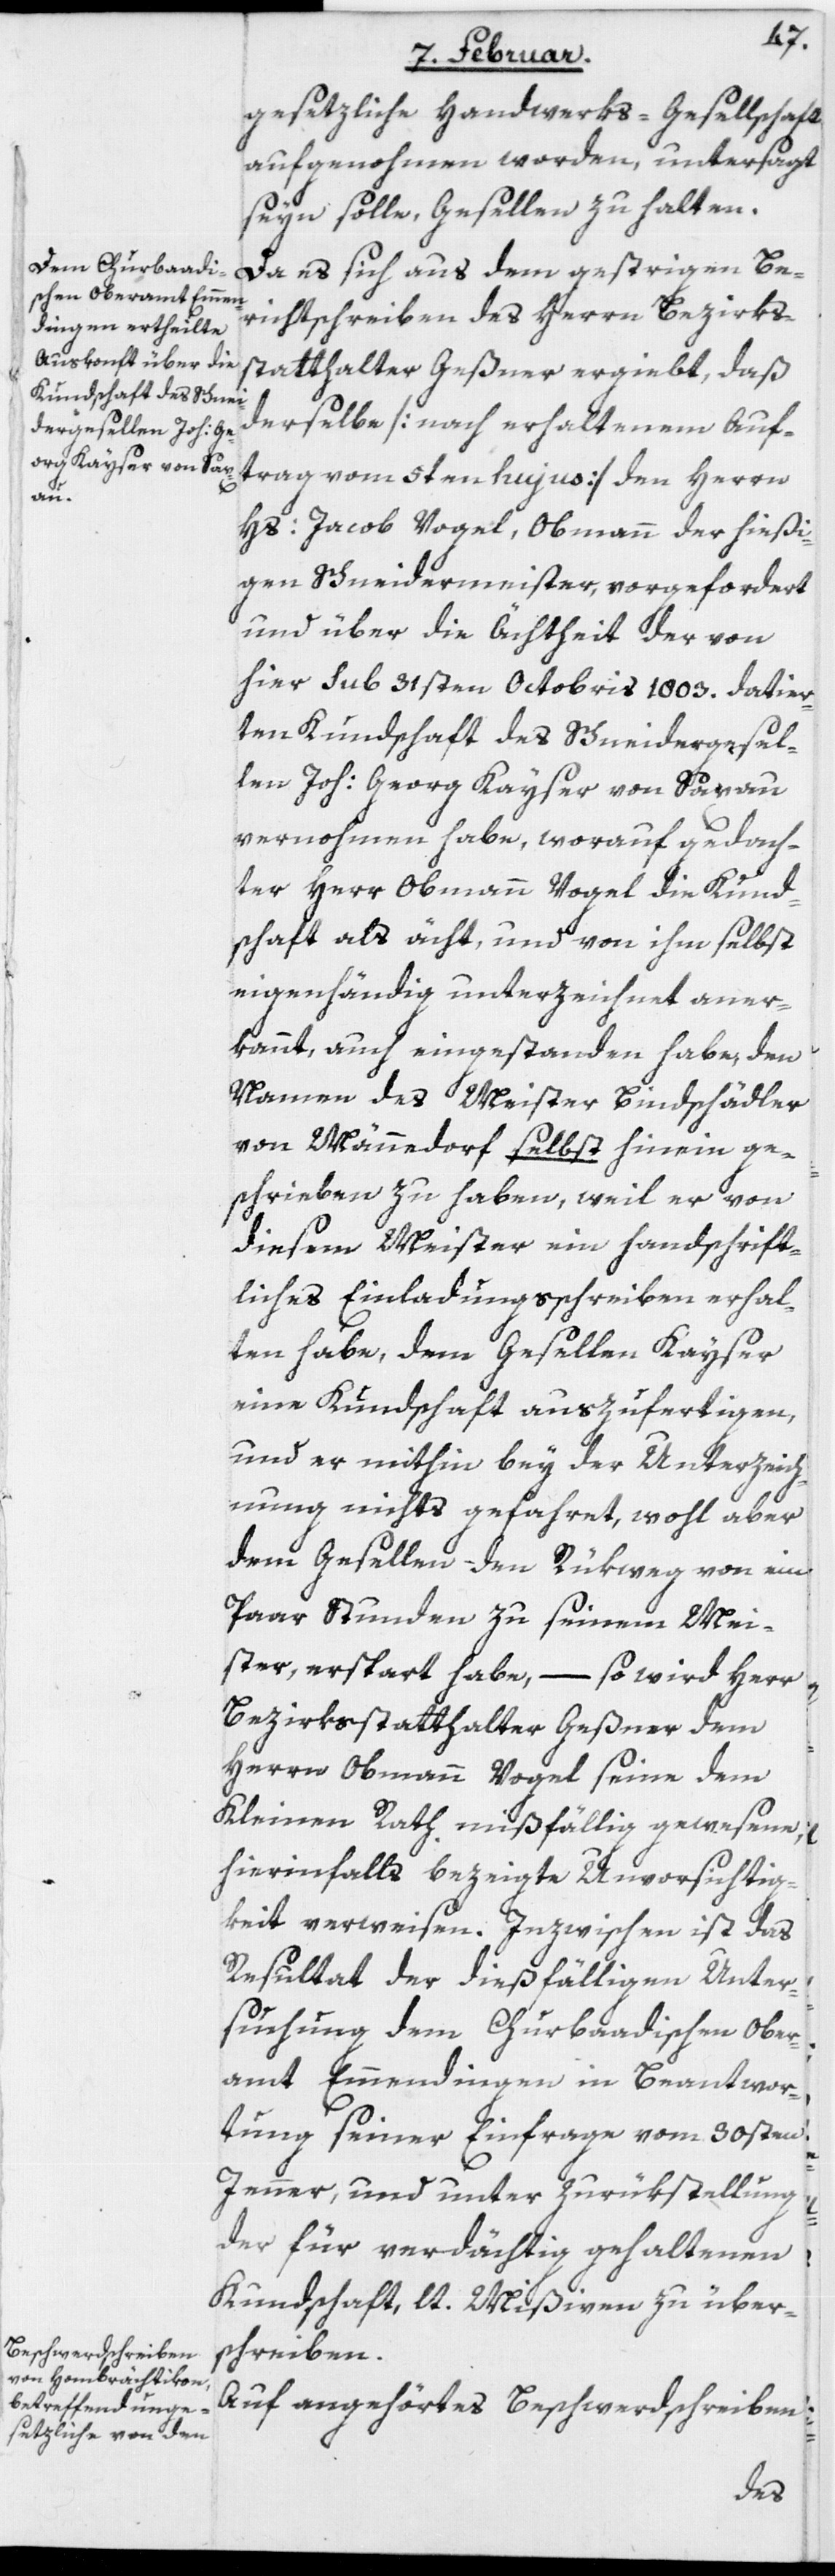
gesetzliche Handwerks-Gesellschaft
aufgenohmen worden, untersagt
seyn solle, Gesellen zu halten.
Da es sich aus dem gestrigen Be¬
richtschreiben des Herrn Bezirks¬
statthalter Geßner ergiebt, daß
derselbe [nach erhaltenem Auf¬
trag vom 5ten hujus] den Herrn
Hs: Jacob Vogel, Obmann der hießi¬
gen Schneidermeister, vorgefordert
und über die Ächtheit der von
hier sub 31sten Octobris 1803. datier¬
ten Kundschaft des Schneidergesel¬
len Joh: Georg Kayser von Saxau
vernohmen habe, worauf gedach¬
ter Herr Obmann Vogel die Kund¬
schaft als ächt, und von ihm selbst
eigenhändig unterzeichnet aner¬
kannt, auch eingestanden habe, den
Namen des Meister Bindschädler
von Männedorf selbst hinein ge¬
schrieben zu haben, weil er von
diesem Meister ein handschrift¬
liches Einladungsschreiben erhal¬
ten habe, dem Gesellen Kayser
eine Kundschaft auszufertigen,
und er mithin bey der Unterzeich¬
nung nichts gefahret, wohl aber
dem Gesellen den Rükweg von ein
Paar Stunden zu seinem Mei¬
ster, erspart habe, – so wird Herr
Bezirksstatthalter Geßner dem
Herrn Obmann Vogel seine dem
Kleinen Rath mißfällig gewesene,
hierinfalls bezeigte Unvorsichtig¬
keit verweisen. Inzwischen ist das
Resultat der dießfälligen Unter¬
suchung dem Churbaadischen Ober¬
amt Emmendingen in Beantwor¬
tung seiner Einfrage vom 30sten
Jenner, und unter Zurükstellung
der für verdächtig gehaltenen
Kundschaft, lt. Mißiven zu über¬
schreiben.
Auf angehörtes Beschwerdschreiben